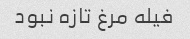
فیله مرغ تازه نبود